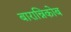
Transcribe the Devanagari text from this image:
बारान्निकोब